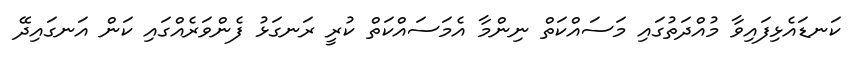
ކަނޑައެޅިފައިވާ މުއްދަތުގައި މަސައްކަތް ނިންމާ އެމަސައްކަތް ކުރީ ރަނގަޅު ފެންވަރެއްގައި ކަން އަނގައިދޭ